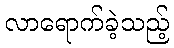
လာရောက်ခဲ့သည့်